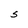
Character: S